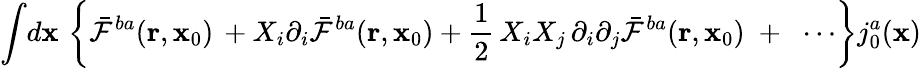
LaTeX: {\int}d{\mathbf x}\, \left\{ {\bar{\cal F}}^{ba}({\mathbf r},{\mathbf x}_{0})\, +X_{i}\partial_{i}{\bar{\cal F}}^{ba}({\mathbf r},{\mathbf x}_{0})+\frac{1}{2}\, X_{i}X_{j}\, \partial_{i}\partial_{j}{\bar{\cal F}}^{ba}({\mathbf r},{\mathbf x}_{0})\; +\; \; \cdots\right\} {j}_{0}^{a}({\mathbf x})